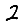
Digit: 2